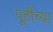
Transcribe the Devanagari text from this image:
पूर्तीच्या